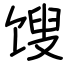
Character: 馊